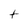
Character: t